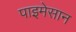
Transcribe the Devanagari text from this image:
पाइमेसान